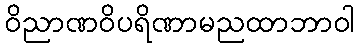
ဝိညာဏဝိပရိဏာမညထာဘာဝါ